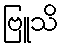
ဗြူသိ